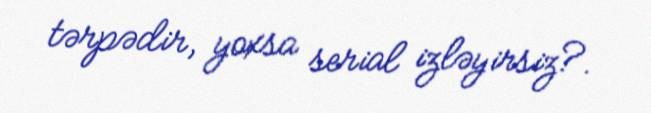
tərpədir, yoxsa serial izləyirsiz?.